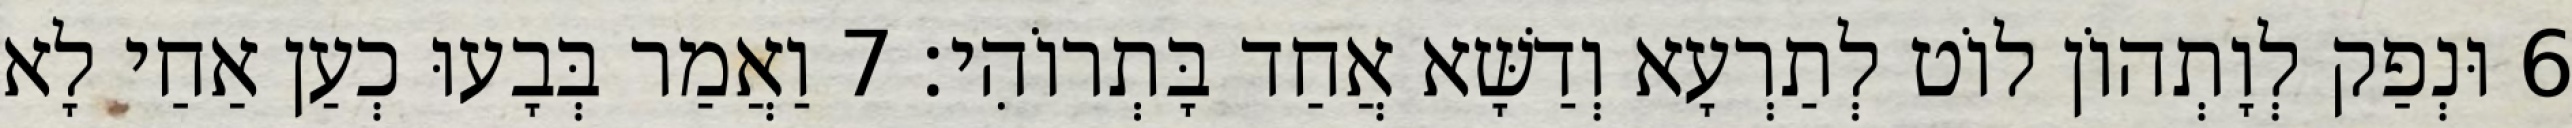
6 וּנְפַק לְוָתְהוֹן לוֹט לְתַרְעָא וְדַשָּׁא אֲחַד בָּתְרוֹהִי׃ 7 וַאֲמַר בְּבָעוּ כְעַן אַחַי לָא